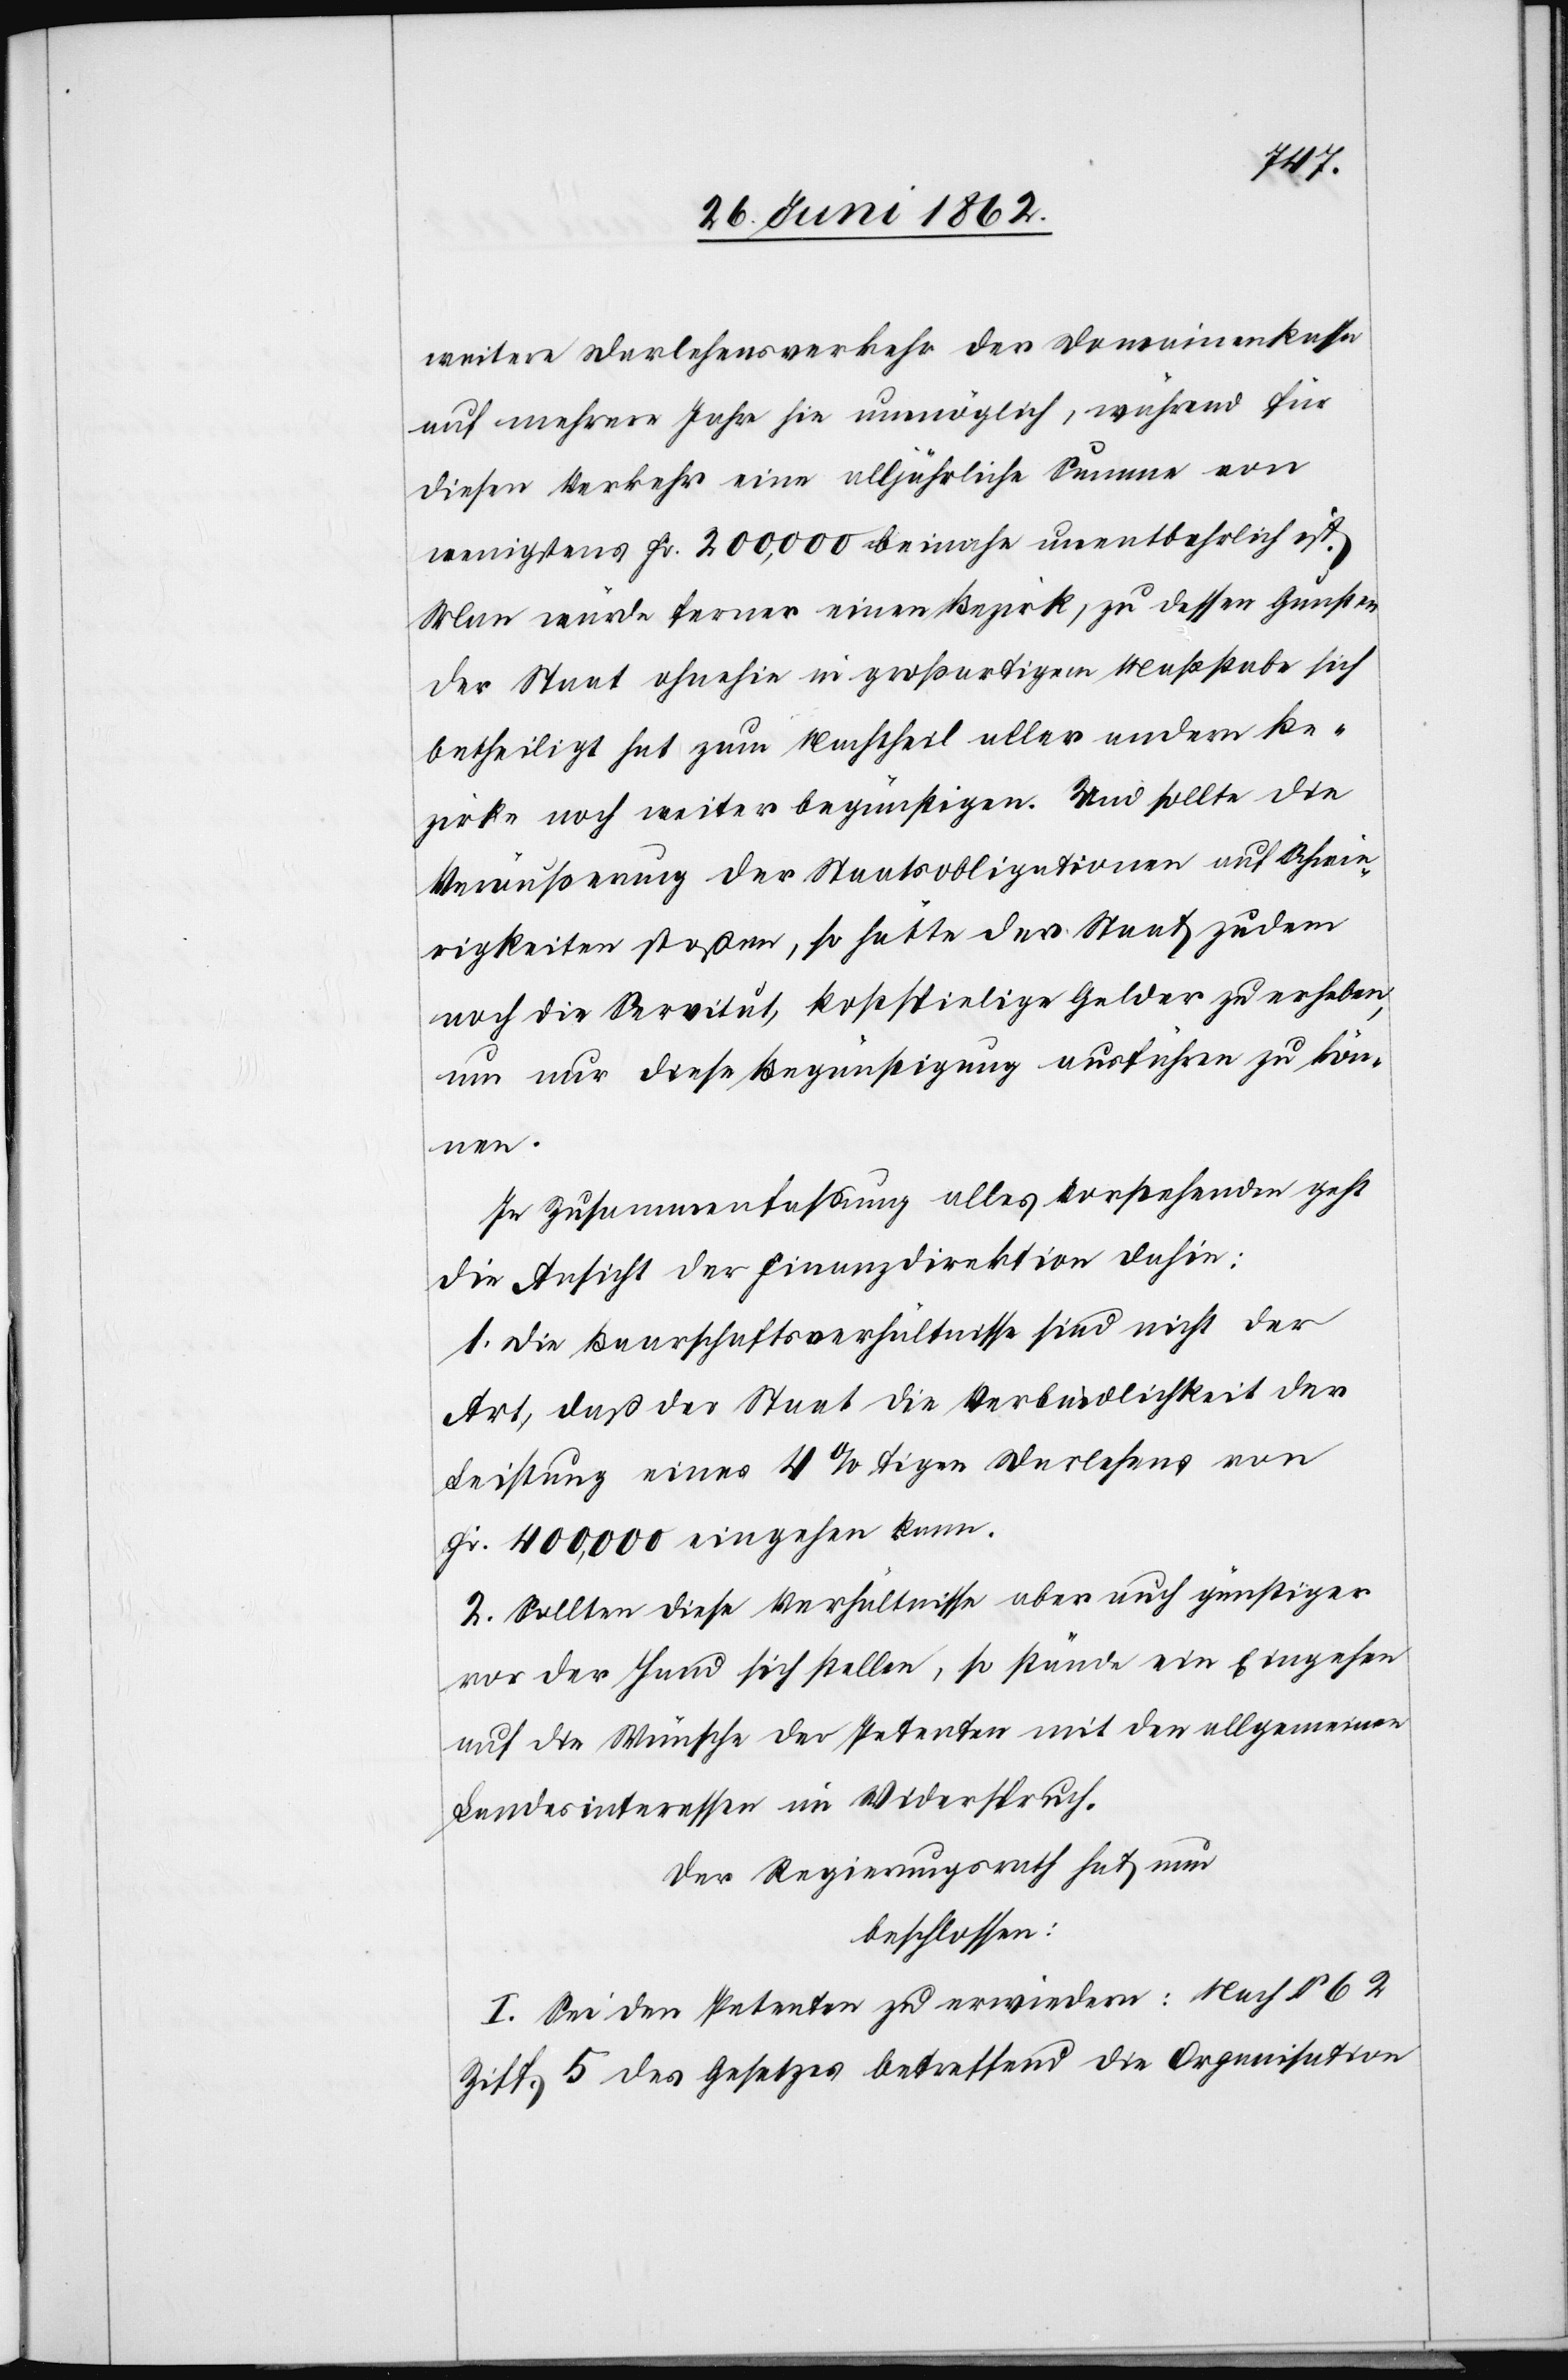
weitere Darlehensverkehr der Domainenkasse
auf mehrere Jahre hin unmöglich, während für
diesen Verkehr eine alljährliche Summe von
wenigstens Fr. 200,000 beinahe unentbehrlich ist.
Man würde ferner einen Bezirk, zu dessen Gunsten
der Staat ohnehin in großartigem Maßstabe sich
betheiligt hat zum Nachtheil aller andern Be¬
zirke noch weiter begünstigen. Und sollte die
Veräußerung der Staatsobligationen auf Schwie¬
rigkeiten stoßen, so hätte der Staat zudem
noch die Servitut, kostspielige Gelder zu erhoben,
um nur diese Begünstigung ausführen zu kön¬
nen.
In Zusammenfassung alles Vorstehenden geht
die Ansicht der Finanzdirektion dahin:
1. Die Baarschaftsverhältnisse sind nicht der
Art, daß der Staat die Verbindlichkeit der
Leistung eines 4%tigen Darlehens von
Fr. 400,000 eingehen kann.
2. Sollten diese Verhältnisse aber auch günstiger
vor der Hand sich stellen, so stände ein Eingehen
auf die Wünsche der Petenten mit den allgemeinen
Landesinteressen im Widerspruch.
Der Regierungsrath hat nun
beschlossen:
I. Sei den Petenten zu erwiedern: Nach § 62
Ziff. 5 des Gesetzes betreffend die Organisation